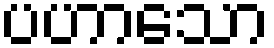
ပဟာသော